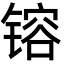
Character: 镕